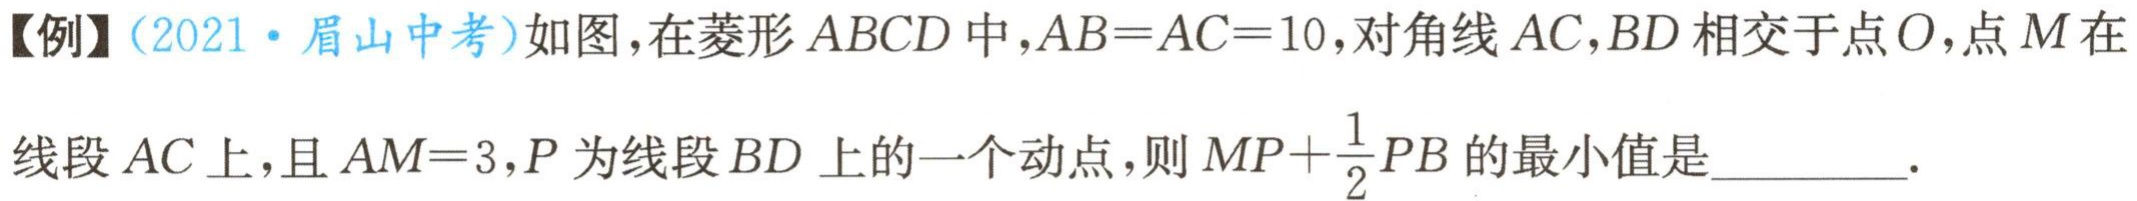
【例】(2021·眉山中考)如图，在菱形 \(ABCD\) 中，\(AB = AC = 10\)，对角线 \(AC\)，\(BD\) 相交于点 \(O\)，点 \(M\) 在线段 \(AC\) 上，且 \(AM = 3\)，\(P\) 为线段 \(BD\) 上的一个动点，则 \(MP+\frac{1}{2}PB\) 的最小值是_________.